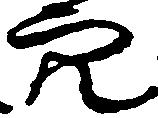
穴